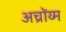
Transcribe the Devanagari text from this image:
अच्रोंय्म